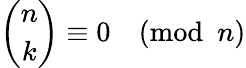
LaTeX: {\binom{n}{k}}\equiv 0{\pmod{n}}